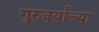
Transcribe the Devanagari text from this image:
गुरुवर्यांच्या